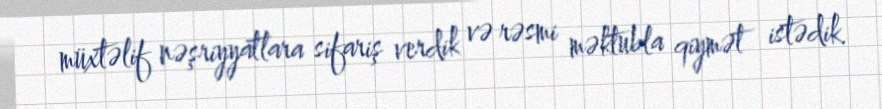
müxtəlif nəşriyyatlara sifariş verdik və rəsmi məktubla qiymət istədik.